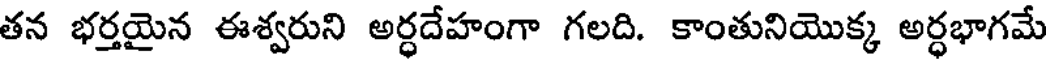
తన భర్తయైన ఈశ్వరుని అర్ధదేహంగా గలది. కాంతునియొక్క అర్ధభాగమే